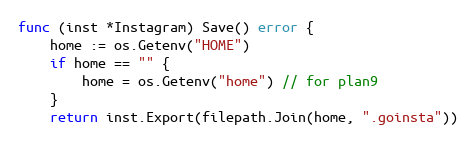
Language: Go
func (inst *Instagram) Save() error {
	home := os.Getenv("HOME")
	if home == "" {
		home = os.Getenv("home") // for plan9
	}
	return inst.Export(filepath.Join(home, ".goinsta"))